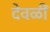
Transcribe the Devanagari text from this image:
देवळीं